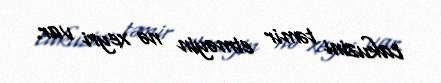
cakuzini təmir etməyin nə xeyri var.